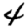
Digit: 4